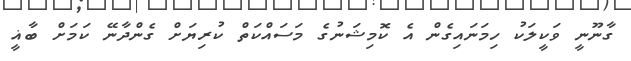
ގާނޫނީ ވަކީލަކު ހިމަނައިގެން އެ ކޮމިޝަނުގެ މަސައްކަތް ކުރިޔަށް ގެންދާނޭ ކަމަށް ބާޣީ